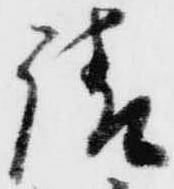
請